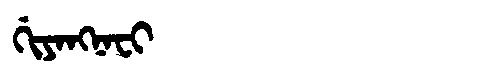
Manchu: ᡤᡳᠶᠠᠩᠨᠠᠸᡳ
Romanization: GIYANGNAFI